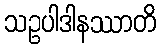
သဥပါဒါနဿာတိ